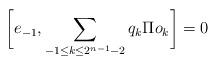
LaTeX: \begin{gather*}{}\bigg[e_{-1}, \sum \limits_{-1\leq k\leq 2^{n-1}-2} q_k\Pi o_k\bigg] = 0\end{gather*}